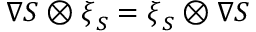
\nabla { S } \otimes \boldsymbol { \xi } _ { S } = \boldsymbol { \xi } _ { S } \otimes \nabla { S }